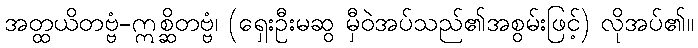
အတ္ထယိတဗ္ဗံ-ဣစ္ဆိတဗ္ဗံ၊ (ရှေးဦးမဆွ မှီဝဲအပ်သည်၏အစွမ်းဖြင့်) လိုအပ်၏။